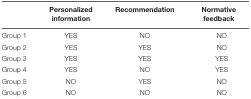
<table><thead><tr><td></td><td><b>Personalized information</b></td><td><b>Recommendation</b></td><td><b>Normative feedback</b></td></tr></thead><tbody><tr><td>Group 1</td><td>YES</td><td>NO</td><td>NO</td></tr><tr><td>Group 2</td><td>YES</td><td>YES</td><td>NO</td></tr><tr><td>Group 3</td><td>YES</td><td>YES</td><td>YES</td></tr><tr><td>Group 4</td><td>YES</td><td>NO</td><td>YES</td></tr><tr><td>Group 5</td><td>NO</td><td>YES</td><td>NO</td></tr><tr><td>Group 6</td><td>NO</td><td>NO</td><td>NO</td></tr></tbody></table>